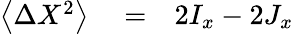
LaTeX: \begin{array}{rlr}{\left\langle\Delta X^{2}\right\rangle}&{{}=}&{2I_{x}-2J_{x}}\end{array}